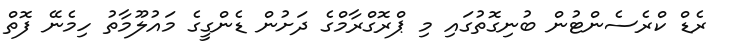
ރެޑް ކްރެސެންޓުން ބުނިގޮތުގައި މި ޕްރޮގްރާމްގެ ދަށުން ޑެންގީގެ މައުލޫމާތު ހިމެނޭ ފޮތް